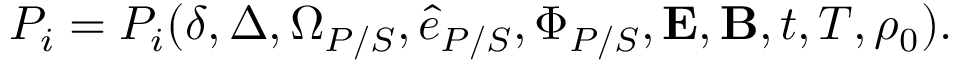
P _ { i } = P _ { i } ( \delta , \Delta , \Omega _ { P / S } , \hat { e } _ { P / S } , \Phi _ { P / S } , \boldsymbol { \mathbf { E } } , \boldsymbol { \mathbf { B } } , t , T , \rho _ { 0 } ) .